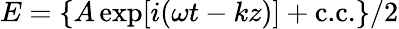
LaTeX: E=\{ A\exp[i(\omega t-kz)]+\textrm{c.c.}\} /2